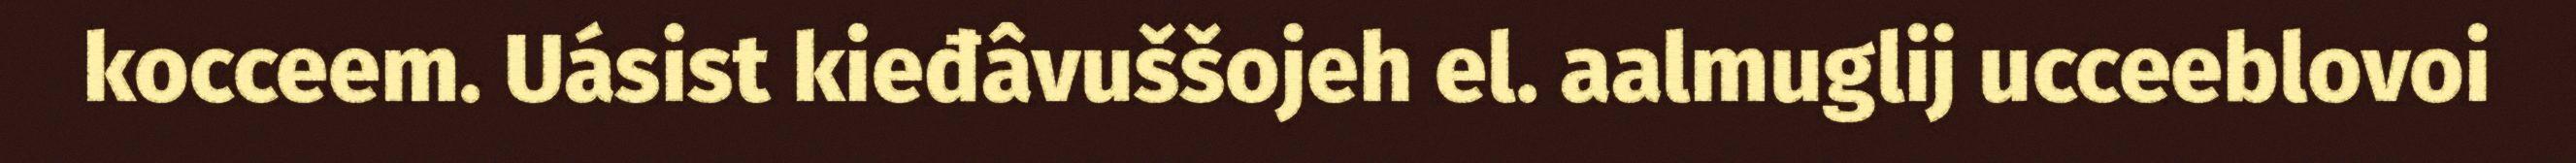
kocceem. Uásist kieđâvuššojeh el. aalmuglij ucceeblovoi